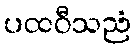
ပထဝီသညံ